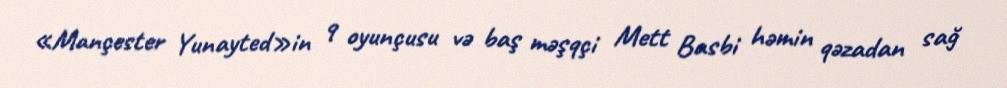
«Mançester Yunayted»in 9 oyunçusu və baş məşqçi Mett Basbi həmin qəzadan sağ